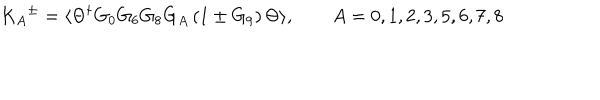
{ K _ { A } } ^ { \pm } = \langle \Theta ^ { \dagger } G _ { 0 } G _ { 6 } G _ { 8 } G _ { A } \left( 1 \pm G _ { 9 } \right) \Theta \rangle , \qquad A = 0 , 1 , 2 , 3 , 5 , 6 , 7 , 8